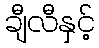
ချီလီနှင့်